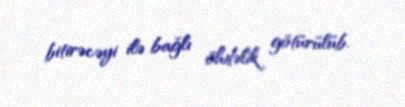
bitirəcəyi ilə bağlı öhdəlik götürülüb.